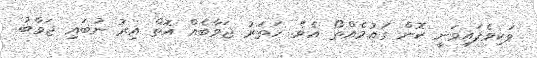
ވަކިވެފައިވަނީ ކޮން ގައުމެއްތޯ އެވެ. ހަތަރު ޖަވާބެއް އޮތް އިރު ނުބައި ޖަވާބު